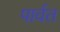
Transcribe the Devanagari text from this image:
पार्वत